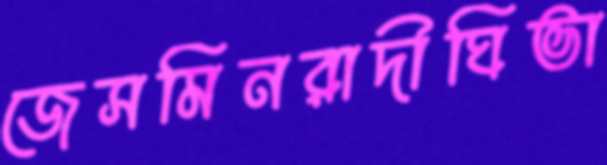
জেসমিনরাদীঘিভা